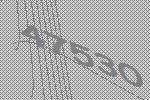
47530